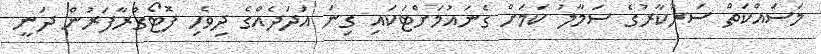
މަސައްކަތް ސަރުކާރުގެ ސަމާލު ކަމަށް ގެނައުމަށްޓަކައި ގިނަ އަދަދެއްގެ ދިވެހި ފޮޓޯގްރާފަރުން ދަނީ